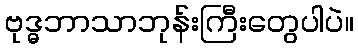
ဗုဒ္ဓဘာသာဘုန်းကြီးတွေပါပဲ။